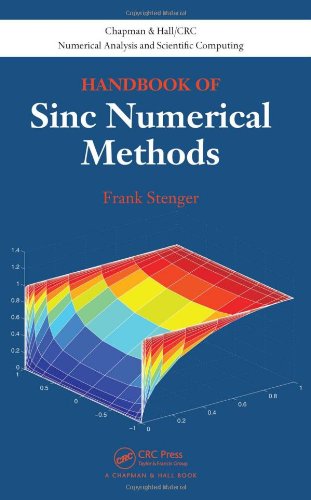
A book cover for Handbook of Sinc Numerical Methods (Chapman & Hall/CRC Numerical Analysis and Scientific Computing Series); Frank Stenger; Science & Math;